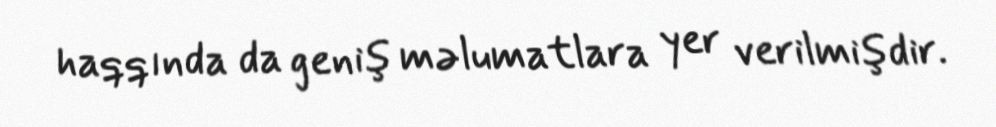
haqqında da geniş məlumatlara yer verilmişdir.